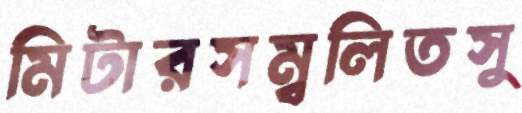
মিটারসম্বলিতসু